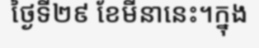
ថ្ងៃទី២៩ ខែមីនានេះ។ក្នុង